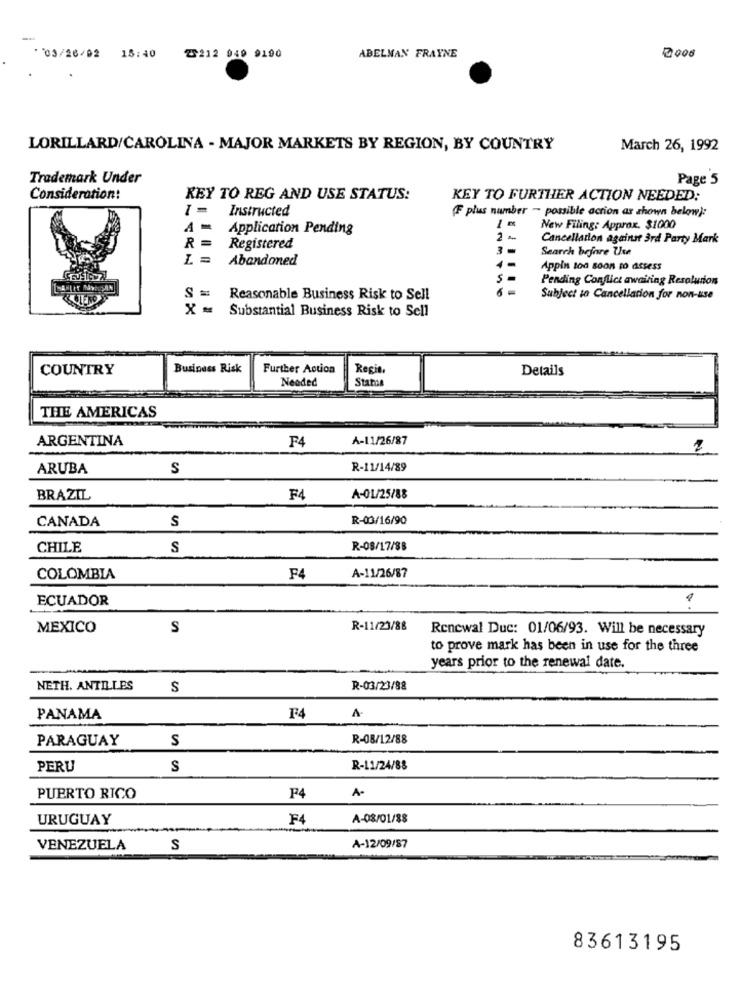
-
*03/26/02 18:40
2212 949 9190
ABELMAN FRAYNE
2000
LORILLARD/CAROLINA - MAJOR MARKETS BY REGION, BY COUNTRY
March 26, 1992
Trademark Under
Page 5
Consideration!
KEY TO REG AND USE STATUS:
KEY TO FURTHER ACTION NEEDED:
Instructed
(F plus number - possible action as shown below):
A -
Application Pending
New Filing: Approx. $1000
R =
1-
Cancellation against 3rd Party Mark
Registered
3
Search before Use
Abandoned
Appin too soon to assess
Pending Conflict awaiting Resolution
S =
Reasonable Business Risk to Sell
Subject to Cancellation for non-use
Substantial Business Risk to Sell
COUNTRY
Business Risk
Further Action
Regin.
Details
Needed
Stams
THE AMERICAS
ARGENTINA
F4
A-11/26/87
ARUBA
S
R-11/14/89
BRAZIL
F4
A-01/25/88
R-03/16/90
CANADA
S
CHILE
S
R-08/17/88
COLOMBIA
F4
A-11/26/87
ECUADOR
MEXICO
S
R-11/23/88
Renewal Duc: 01/06/93. Will be necessary
to prove mark has been in use for the three
years prior to the renewal date.
NETH. ANTILLES
S
R-03/23/88
PANAMA
F4
A
PARAGUAY
S
R-08/12/88
PERU
S
R-11/24/88
PUERTO RICO
F24
A-
URUGUAY
F4
A-08/01/88
VENEZUELA
S
A-12/09/87
83613195